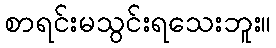
စာရင်းမသွင်းရသေးဘူး။